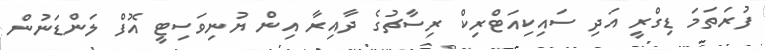
ފުރަތަމަ ޑިގްރީ އަދި ސައިކިއަޓްރިކް ރިސާޗުގެ ދާއިރާ އިން ޔުނިވަސިޓީ އޮފް ލަންޑަނުން